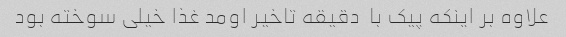
علاوه بر اینکه پیک با  دقیقه تاخیر اومد غذا خیلی سوخته بود